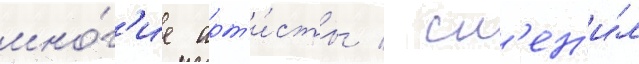
мно́г'ие арт'и́сты / см'ен'и́л